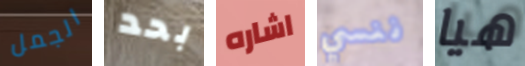
الجمل بحد اشاره ننسي هيا